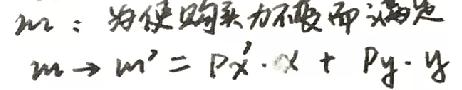
$m$：为使购买力不变而满足
$m\rightarrow m' = Px'\cdot x + Py\cdot y$